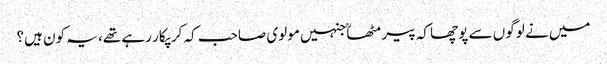
میں نے لوگوں سے پوچھا کہ پیر مٹھاؒ جنہیں مولوی صاحب کہ کر پکار رہے تھے، یہ کون ہیں؟